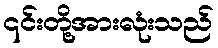
၎င်းတို့အားလုံးသည်